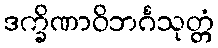
ဒက္ခိဏာဝိဘင်္ဂသုတ္တံ